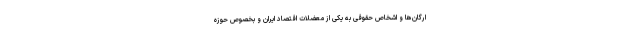
ارگان‌ها و اشخاص حقوقی به یکی از معضلات اقتصاد ایران و بخصوص حوزه